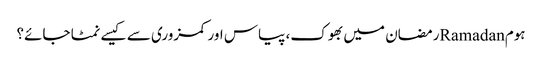
ہومRamadanرمضان میں بھوک، پیاس اور کمزوری سے کیسے نمٹا جائے؟